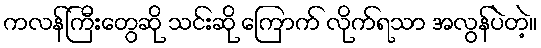
ကလန်ကြီးတွေဆို သင်းဆို ကြောက် လိုက်ရသာ အလွန်ပဲတဲ့။